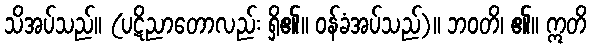
သိအပ်သည်။ (ပဋိညာတောလည်း ရှိ၏။ ဝန်ခံအပ်သည်)။ ဘဝတိ၊ ၏။ ဣတိ